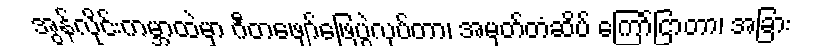
အွန်လိုင်းကမ္ဘာထဲမှာ ဂီတဖျော်ဖြေပွဲလုပ်တာ၊ အမှတ်တံဆိပ် ကြော်ငြာတာ၊ အခြား